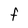
Character: f